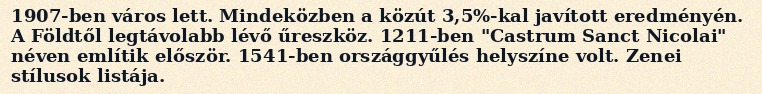
1907-ben város lett. Mindeközben a közút 3,5%-kal javított eredményén. A Földtől legtávolabb lévő űreszköz. 1211-ben "Castrum Sanct Nicolai" néven említik először. 1541-ben országgyűlés helyszíne volt. Zenei stílusok listája.